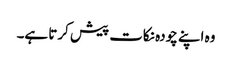
وہ اپنے چودہ نکات پیش کرتا ہے۔